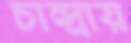
চান্দ্রায়